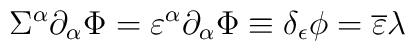
\Sigma ^{\alpha} \partial_{\alpha} \Phi= \varepsilon^{\alpha}\partial_{\alpha}{\Phi} \equiv \delta_{\epsilon}\phi={\overline \varepsilon} \lambda